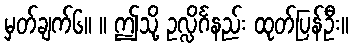
မှတ်ချက်၆။ ။ ဤသို့ ဥလ္လိင်္ဂနည်း ထုတ်ပြန်ဦး။